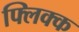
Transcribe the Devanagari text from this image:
फ्लिक्क